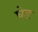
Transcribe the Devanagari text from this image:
घेड